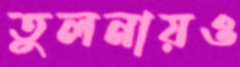
তুলনায়ও